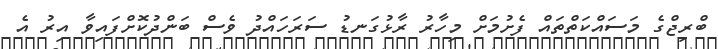
ބްރިޖްގެ މަސައްކަތްތައް ފެށުމަށް މިހާރު ރާޅުގަނޑު ސަރަހައްދު ވެސް ބަންދުކޮށްފައިވާ އިރު އެ